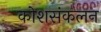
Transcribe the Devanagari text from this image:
कोशसंकलन